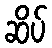
ဆိပ်